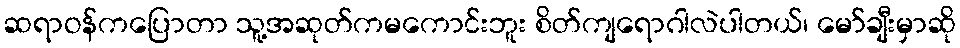
ဆရာဝန်ကပြောတာ သူ့အဆုတ်ကမကောင်းဘူး စိတ်ကျရောဂါလဲပါတယ်၊ မော်ချီးမှာဆို